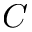
C